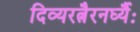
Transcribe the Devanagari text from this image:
दिव्यरत्नैरनर्घ्यैः